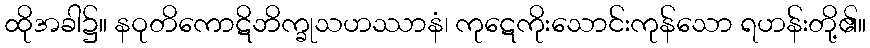
ထိုအခါ၌။ နဝုတိကောဋိဘိက္ခုသဟဿာနံ၊ ကုဋေကိုးသောင်းကုန်သော ရဟန်းတို့၏။